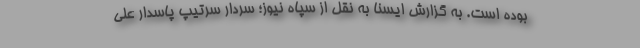
بوده است. به گزارش ایسنا به نقل از سپاه نیوز؛ سردار سرتیپ پاسدار علی